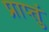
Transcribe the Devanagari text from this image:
प्राप्तुं